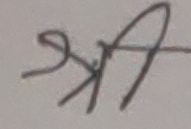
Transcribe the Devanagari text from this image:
श्री